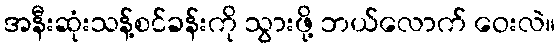
အနီးဆုံးသန့်စင်ခန်းကို သွားဖို့ ဘယ်လောက် ဝေးလဲ။